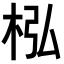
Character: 𣐜